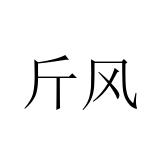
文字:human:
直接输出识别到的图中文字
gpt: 斤风